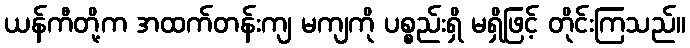
ယန်ကီတို့က အထက်တန်းကျ မကျကို ပစ္စည်းရှိ မရှိဖြင့် တိုင်းကြသည်။